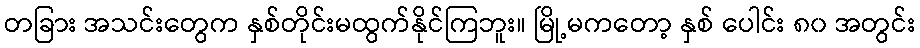
တခြား အသင်းတွေက နှစ်တိုင်းမထွက်နိုင်ကြဘူး။ မြို့မကတော့ နှစ် ပေါင်း ၈၀ အတွင်း